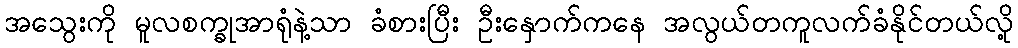
အသွေးကို မူလစက္ခုအာရုံနဲ့သာ ခံစားပြီး ဦးနှောက်ကနေ အလွယ်တကူလက်ခံနိုင်တယ်လို့